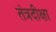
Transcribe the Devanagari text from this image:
तंत्रदीक्षा